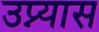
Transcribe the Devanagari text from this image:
उप्न्यास